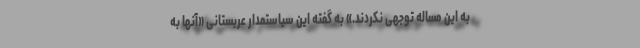
به این مساله توجهی نکردند.» به گفته این سیاستمدار عربستانی «آنها به